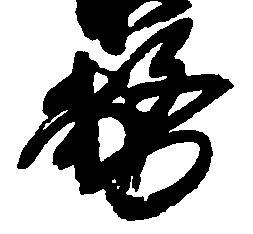
務